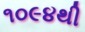
૧૦૯૪થી